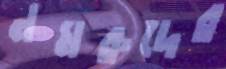
নমরুদের